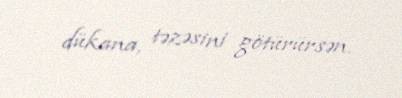
dükana, təzəsini götürürsən.